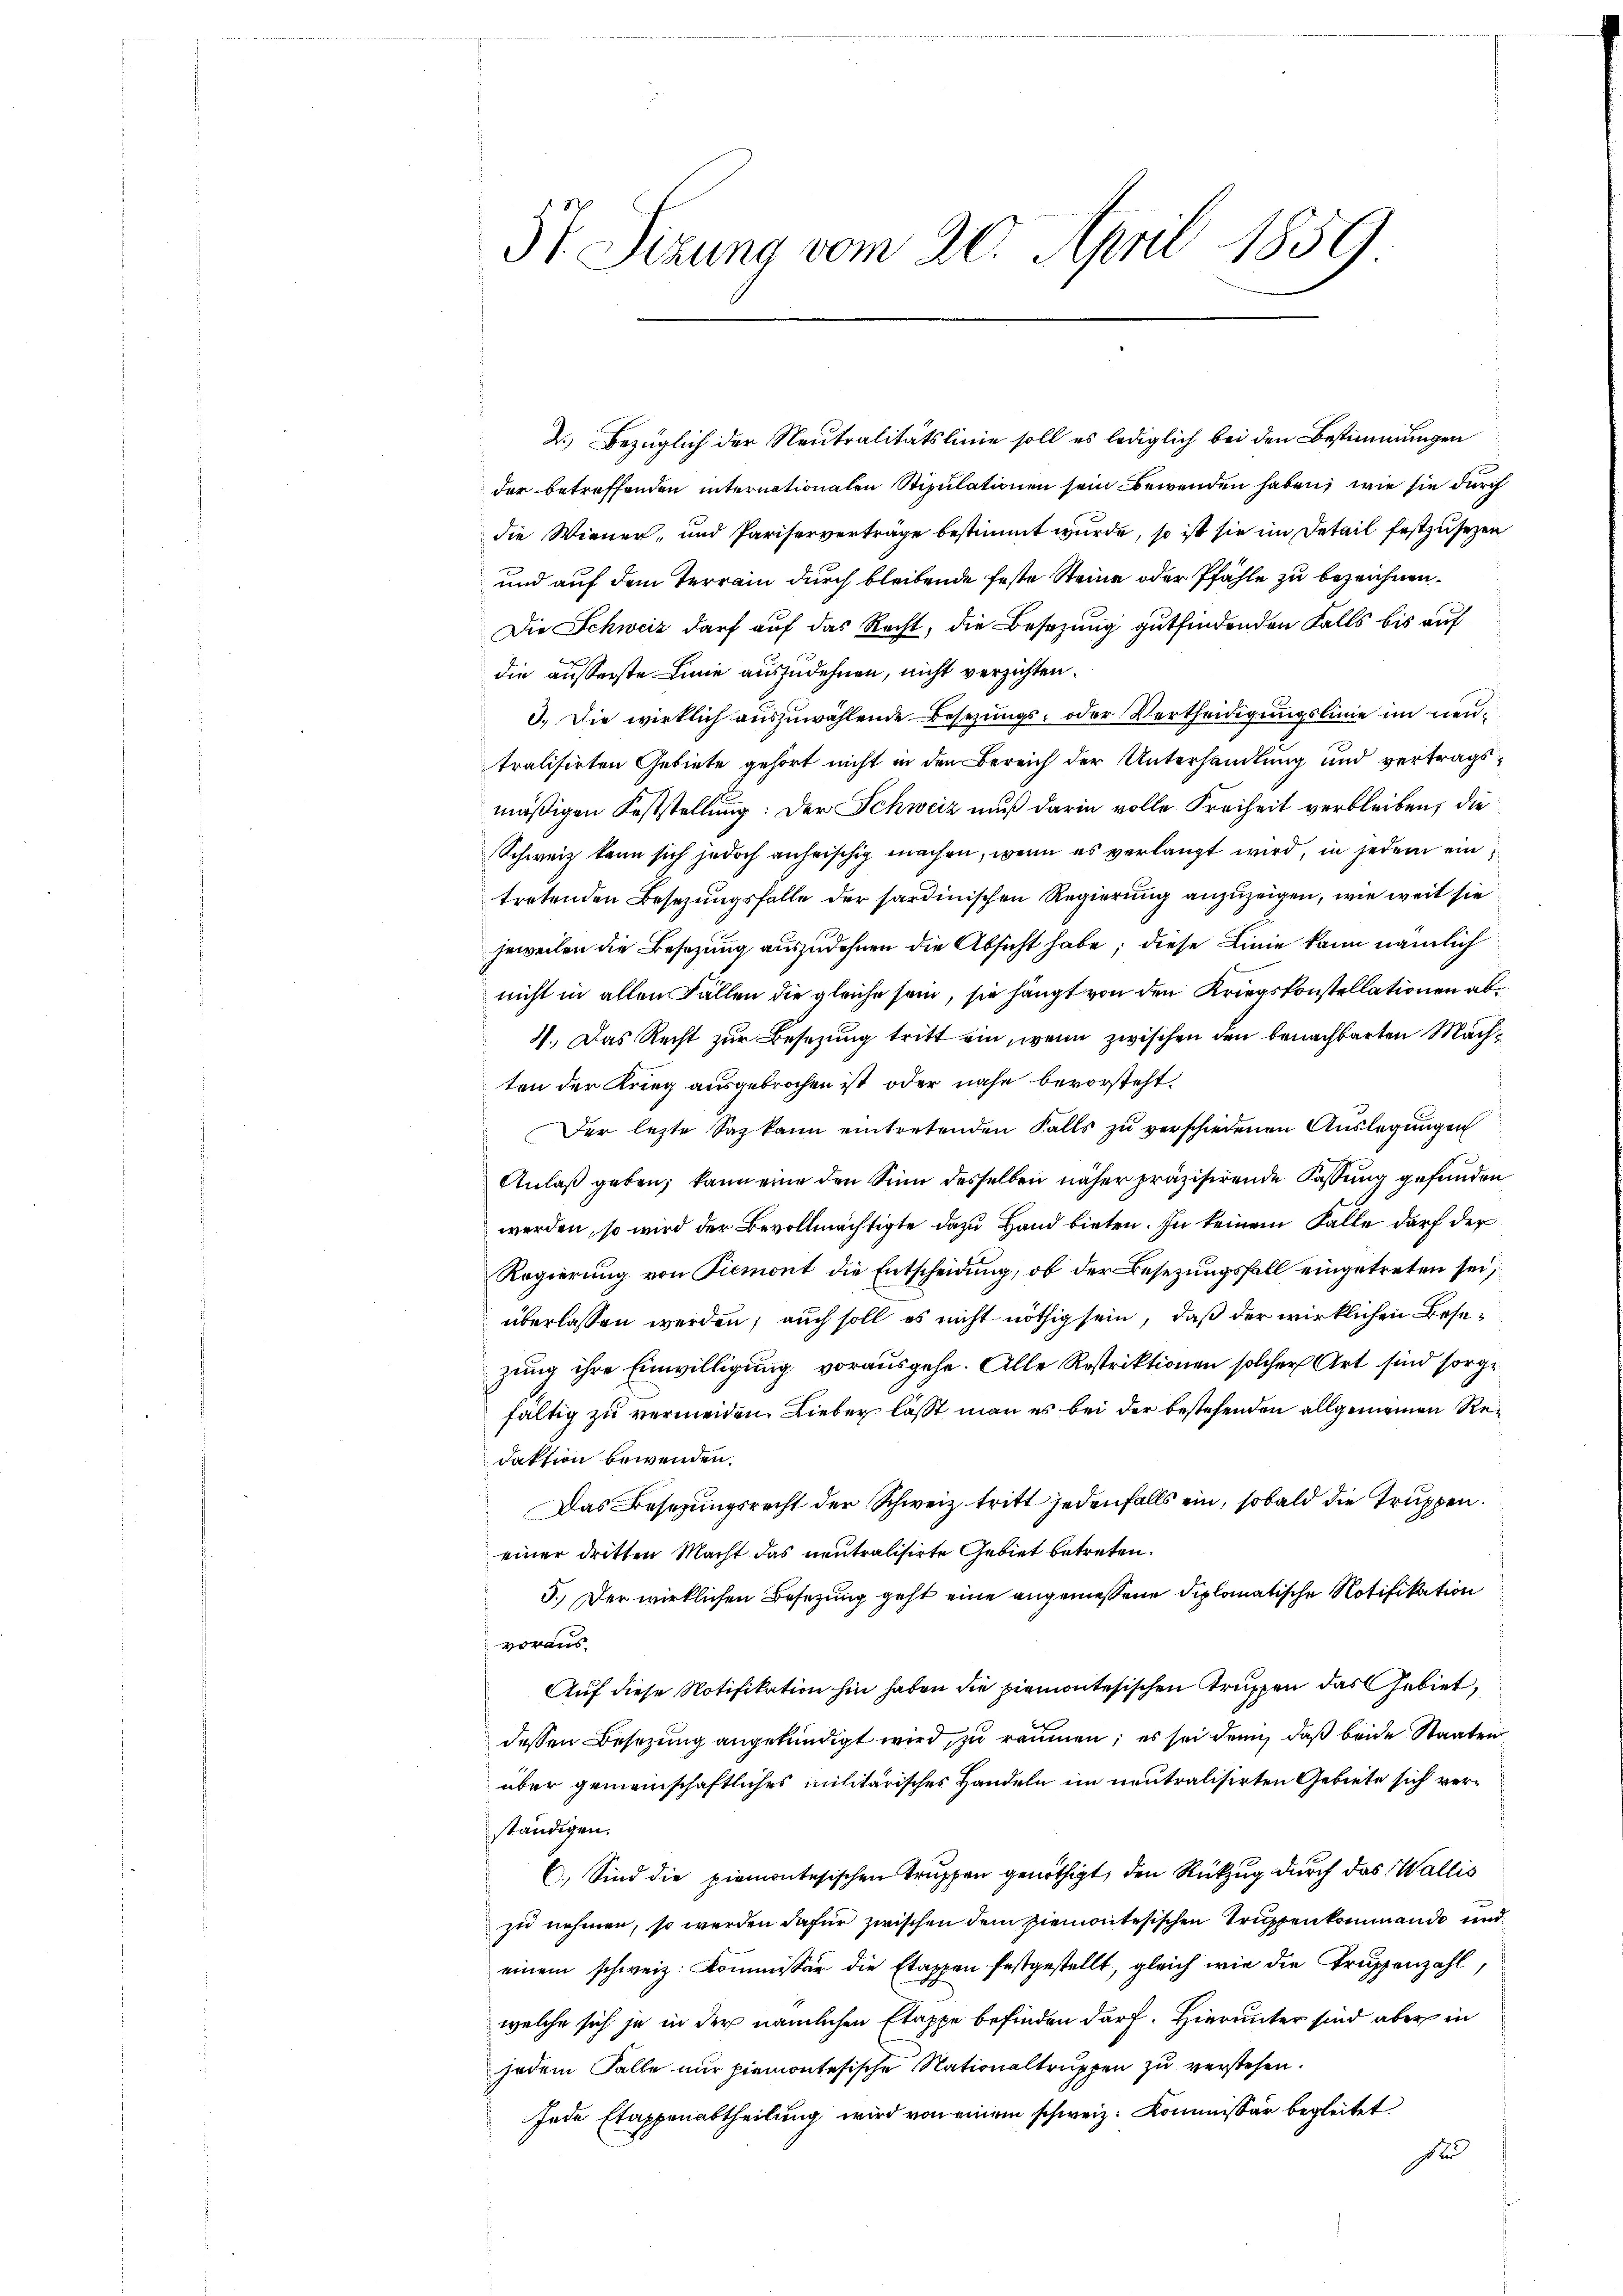
St Sitzung vom 20. April 1859

2.) Bezüglich der Neutralitätslinie soll es lediglich bei den Bestimmungen
der betreffenden internationalen Stipulationen sein Bewenden haben, wie sie durch
die Wiener, und Pariserverträge bestimmt wurde, so ist sie im Detail festzusehen
und auf dem Terrain durch bleibende feste Steine oder Pfähle zu bezeichnen.
Die Schweiz darf auf das Recht, die Besetzung gutfindenden Falls bis auf
die äußerste Linie auszudehnen, nicht verzichten.
3.) Die wirklich auszuwählende Besetzungs- oder Vertheidigungslinie im neutralisirten Gebiete gehört nicht in den Bereich der Unterhandlung und vertragsmäßigen Feststellung: Der Schweiz muß darin volle Freiheit verbleiben, die
Schweiz kann sich jedoch anheischig machen, wenn es verlangt wird, in jedem ein
tretenden Besetzungsfalle der sardinischen Regierung anzuzeigen, wie weit sie
jeweilen die Besetzung auszudehnen die Absicht habe; diese Linie kann nämlich
nicht in allen Fällen die gleiche sein, sie hängt von den Kriegskonstellationen ab¬
4. Das Recht zur Besetzung tritt ein, wenn zwischen den benachbarten Mächten der Krieg ausgebrochen ist, oder nahe bevorsteht.
Der lezte Sag kann eintretenden Falls zŭ verschiedenen Aŭslegungen
Anlaß geben, kann eine den Sinn desselben näher präzisirende Fassung gefunden
werden, so wird der Bevollmächtigte dazu Hand bieten. In keinem Falle darf der
Regierung von Piemont die Entscheidung, ob der Besezungsfall eingetreten sei,
überlassen werden; auch soll es nicht nöthig sein, daß der wirklichen Besezung ihre Einwilligung vorausgehe. Alle Restriktionen solcher Art sind sorge
fältig zu vermeiden. Lieber lässt man es bei der bestehenden allgemeinen Redaktion bewenden.
Das Besetzungsrecht der Schweiz tritt jedenfalls ein, sobald die Truppen.
einer dritten Macht das neutralisirte Gebiet betreten.
5.) Der wirklichen Besetzung geht eine angemessene diplomatische Notifikation
voraus.
Auf diese Notifikation hin haben die Piemontesischen Truppen das Gebiet,
dessen Besetzung angekündigt wird, zu räumen; es sei denn, daß beide Staaten
über gemeinschaftliches militärisches Handeln im neutralisirten Gebiete sich verständigen.
C. Sind die Piemontesischen Truppen genöthigt, den Rückzug durch das Wallis
zu nehmen, so werden dafür zwischen dem ziemontesischen Truppenkommende und
einem schweiz. Kommissär die Etappen festgestellt, gleich wie die Truppenzahl
welche sich ja in der nämlichen Etappe befinden darf. Hierunter sind aber in
jedem Falle nur piemontesische Nationaltruppen zu verstehen.
Jede Etappenabtheilung wird von einem schweiz. Kommissär begleitet.
s